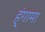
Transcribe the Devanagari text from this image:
ह्ंगामा